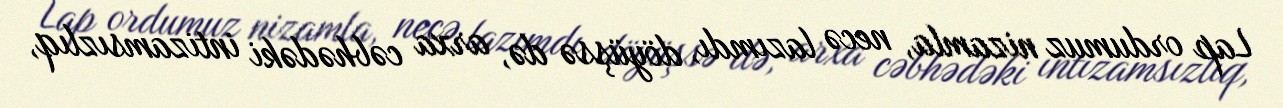
Lap ordumuz nizamla, necə lazımdı, döyüşsə də, arxa cəbhədəki intizamsızlıq,